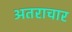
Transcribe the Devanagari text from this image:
अतराचार